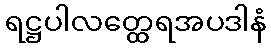
ရဋ္ဌပါလတ္ထေရအပဒါနံ